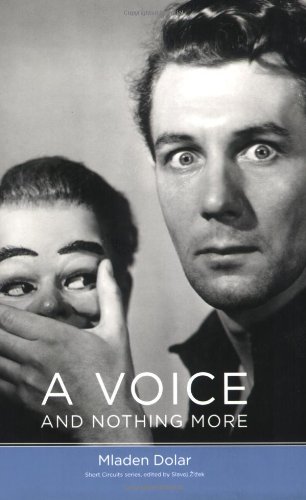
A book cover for A Voice and Nothing More (Short Circuits); Mladen Dolar; Politics & Social Sciences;